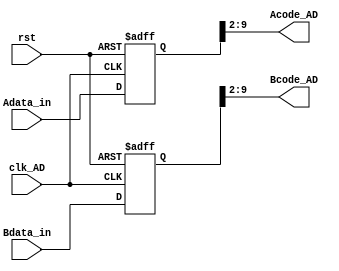
module ADS828(clk_AD,rst,
Adata_in,
Bdata_in,

Acode_AD,
Bcode_AD
);


input clk_AD,rst;
input[9:0]Adata_in;
input[9:0]Bdata_in;

output[7:0]Acode_AD;
output[7:0]Bcode_AD;

reg[9:0]Adata_out_r; 
reg[9:0]Bdata_out_r; 

always@(negedge clk_AD or negedge rst)
begin
	if(!rst)
		begin 	
			Adata_out_r<=10'd0;
			Bdata_out_r<=10'd0;
		end 
	else 
		begin 
			Adata_out_r<=Adata_in;
			Bdata_out_r<=Bdata_in;
		end 
end

wire[9:0]Adata_out=Adata_out_r; 
wire[9:0]Bdata_out=Bdata_out_r; 

wire[7:0]Acode_AD=Adata_out[9:2];
wire[7:0]Bcode_AD=Bdata_out[9:2];
endmodule